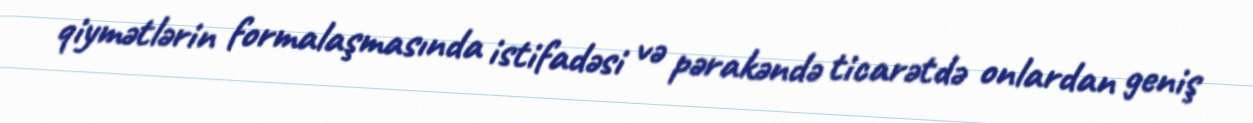
qiymətlərin formalaşmasında istifadəsi və pərakəndə ticarətdə onlardan geniş